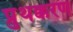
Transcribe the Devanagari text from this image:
प्रुथक्करण